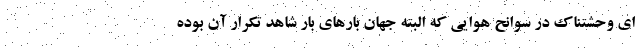
ای وحشتناک در سوانح هوایی که البته جهان بارهای بار شاهد تکرار آن بوده